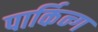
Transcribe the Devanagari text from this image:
पार्किन्ग